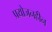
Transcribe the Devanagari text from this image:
प्रयोजनहीन